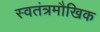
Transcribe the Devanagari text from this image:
स्वतंत्रमौखिक